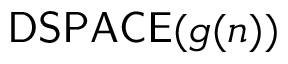
{ \mathsf { D S P A C E } } ( g ( n ) )